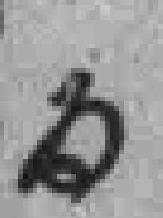
为